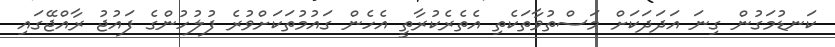
ކަނޑުމަގުން ގިނަ އަދަދަކަށް މަސްތުވާތަކެތި އެތެރެކުރާތީ އެހެން ގައުމުތަކަށްވުރެ ފުލުހުންގެ ފައުޖު ރާއްޖޭގައި